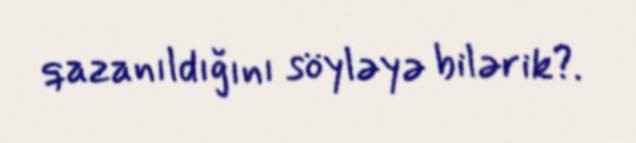
qazanıldığını söyləyə bilərik?.